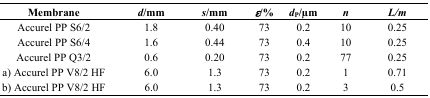
<table><thead><tr><td><b>Membrane</b></td><td><b><i>d</i>/mm</b></td><td><b><i>s</i>/mm</b></td><td><b><i>ε</i>/%</b></td><td><b><i>d</i><sub>P</sub>/μm</b></td><td><b><i>n</i></b></td><td><b><i>L/m</i></b></td></tr></thead><tbody><tr><td>Accurel PP S6/2</td><td>1.8</td><td>0.40</td><td>73</td><td>0.2</td><td>10</td><td>0.25</td></tr><tr><td>Accurel PP S6/4</td><td>1.6</td><td>0.44</td><td>73</td><td>0.4</td><td>10</td><td>0.25</td></tr><tr><td>Accurel PP Q3/2</td><td>0.6</td><td>0.20</td><td>73</td><td>0.2</td><td>77</td><td>0.25</td></tr><tr><td>a) Accurel PP V8/2 HF</td><td>6.0</td><td>1.3</td><td>73</td><td>0.2</td><td>1</td><td>0.71</td></tr><tr><td>b) Accurel PP V8/2 HF</td><td>6.0</td><td>1.3</td><td>73</td><td>0.2</td><td>3</td><td>0.5</td></tr></tbody></table>